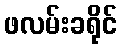
ဖလမ်းခရိုင်